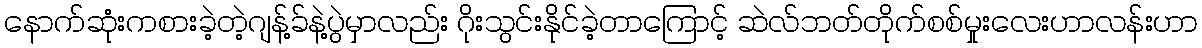
နောက်ဆုံးကစားခဲ့တဲ့ဂျန့်ခ်နဲ့ပွဲမှာလည်း ဂိုးသွင်းနိုင်ခဲ့တာကြောင့် ဆဲလ်ဘတ်တိုက်စစ်မှုးလေးဟာလန်းဟာ